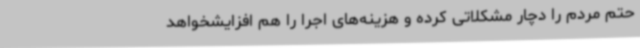
حتم مردم را دچار مشکلاتی کرده و هزینه‌های اجرا را هم افزایشخواهد